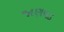
જાણવડ